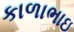
કાળાભાઇ